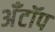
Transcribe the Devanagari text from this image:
अँटॉप